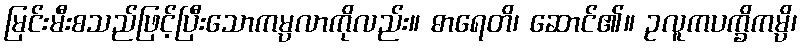
မြင်းမီးစသည်ဖြင့်ပြီးသောကမ္ပလာကိုလည်း။ ဓာရေတိ၊ ဆောင်၏။ ဥလူကပက္ခိကမ္ပိ၊